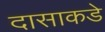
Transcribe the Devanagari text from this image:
दासाकडे